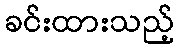
ခင်းထားသည့်